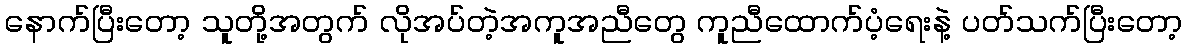
နောက်ပြီးတော့ သူတို့အတွက် လိုအပ်တဲ့အကူအညီတွေ ကူညီထောက်ပံ့ရေးနဲ့ ပတ်သက်ပြီးတော့